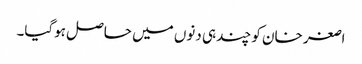
اصغر خان کو چند ہی دنوں میں حاصل ہوگیا۔